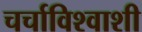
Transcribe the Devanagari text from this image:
चर्चाविश्वाशी